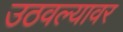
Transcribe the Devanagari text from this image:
उठवल्यावर